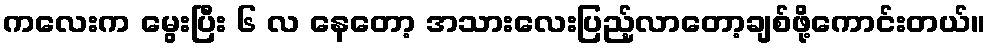
ကလေးက မွေးပြီး ၆ လ နေတော့ အသားလေးပြည့်လာတော့ချစ်ဖို့ကောင်းတယ်။